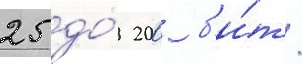
25 до́ 200 б'и́т/